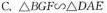
C.△BGF∞△DAE